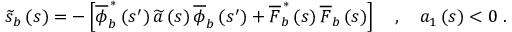
\widetilde { s } _ { b } \left( s \right) = - \left[ \overline { { \phi } } _ { b } ^ { \, \ast } \left( s ^ { \prime } \right) \widetilde { a } \left( s \right) \overline { { \phi } } _ { b } \left( s ^ { \prime } \right) + \overline { { F } } _ { b } ^ { \, \ast } \left( s \right) \overline { { F } } _ { b } \left( s \right) \right] \quad , \quad a _ { 1 } \left( s \right) < 0 \; .